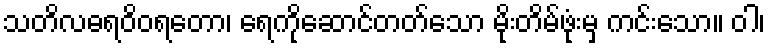
သတိလဓရဝိဝရတော၊ ရေကိုဆောင်တတ်သော မိုးတိမ်ဖုံးမှ ကင်းသော။ ဝါ၊